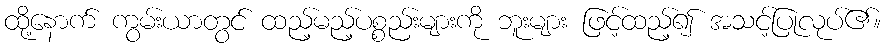
ထို့နောက် ကွမ်းယာတွင် ထည့်မည့်ပစ္စည်းများကို ဘူးများ ဖြင့်ထည့်၍ အသင့်ပြုလုပ်၏။